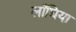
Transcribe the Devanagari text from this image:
लाँघिया